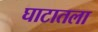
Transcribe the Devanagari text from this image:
घाटातला